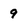
Character: 9